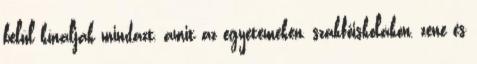
belül kínálják mindazt, amit az egyetemeken, szakfőiskolákon, zene és